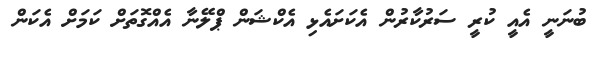
ބުނަނީ އެއީ ކުރީ ސަރުކާރުން އެކަށައެޅި އެކްޝަން ޕްލޭނާ އެއްގޮތަށް ކަމަށް އެކަން